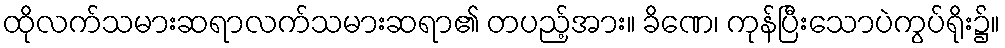
ထိုလက်သမားဆရာလက်သမားဆရာ၏ တပည့်အား။ ခိဏေ၊ ကုန်ပြီးသောပဲကွပ်ရိုး၌။